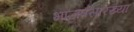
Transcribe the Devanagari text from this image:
भाजपसारख्या